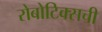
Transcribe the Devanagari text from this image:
रोबोटिक्सची